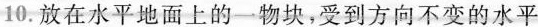
10.放在水平地面上的一物块，受到方向不变的水平